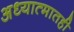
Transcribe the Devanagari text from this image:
अध्यात्मातही